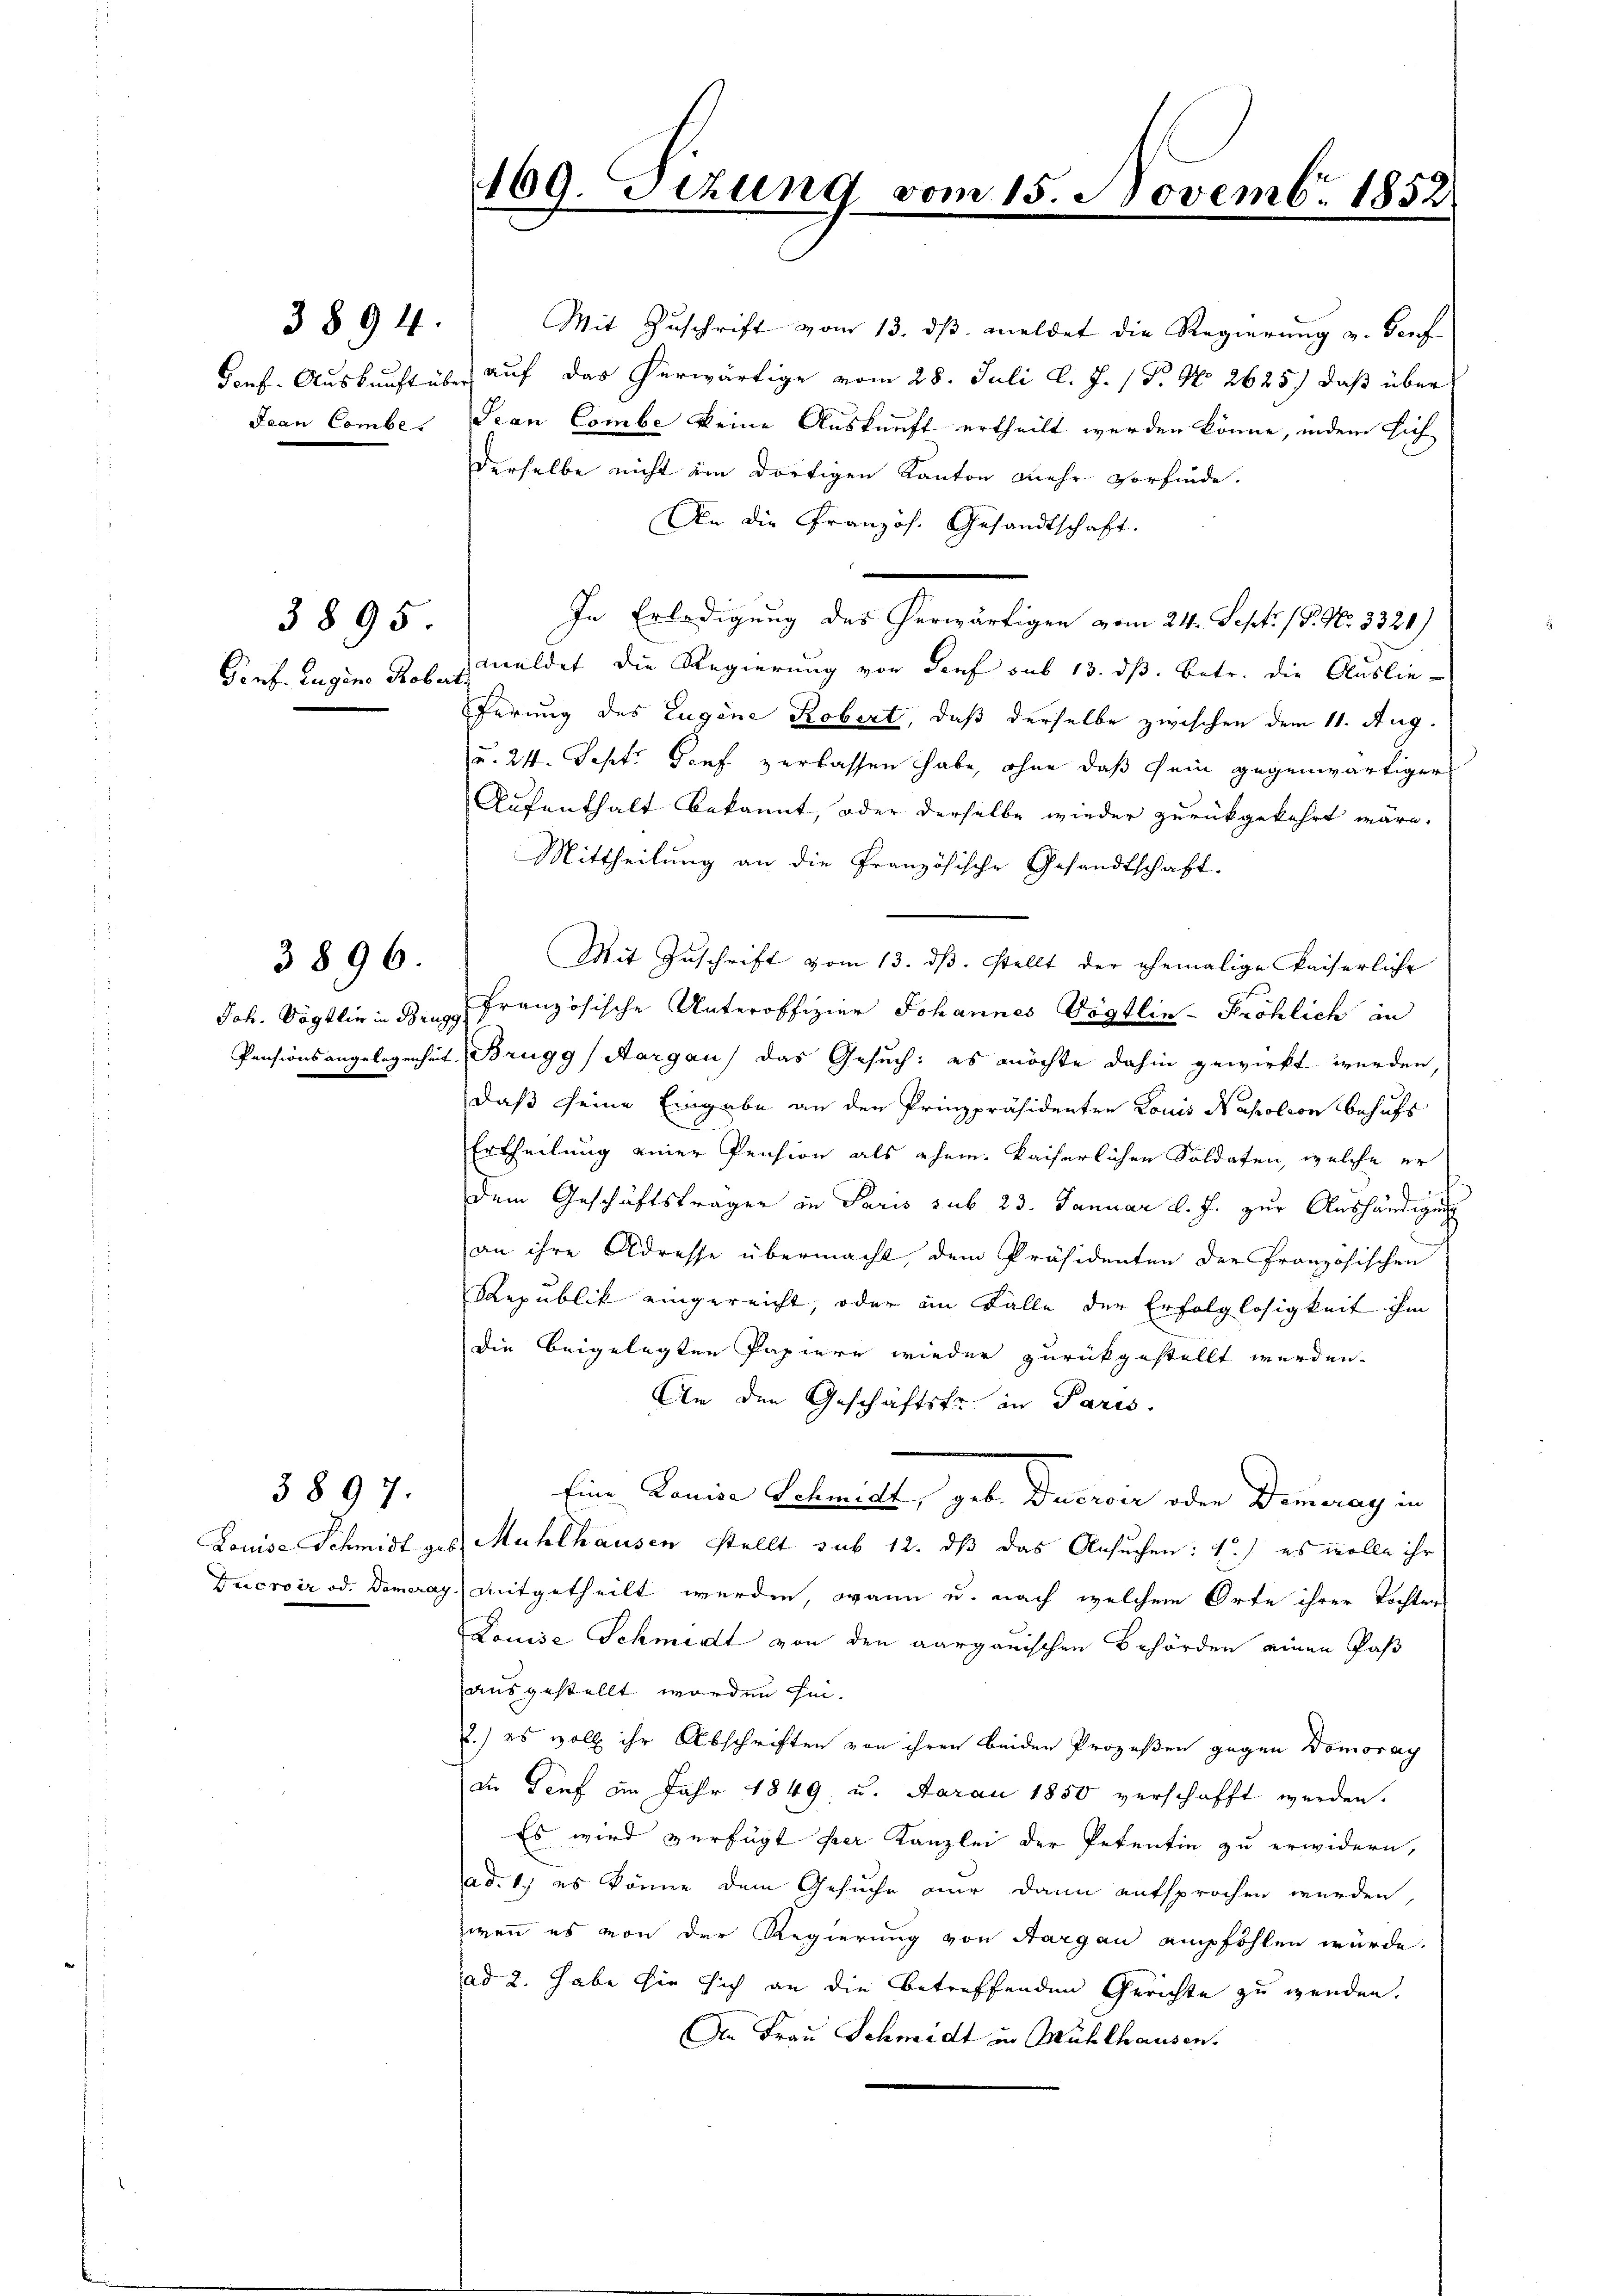
3894.
Jean Combe

Genf. Zugine Robertr

3895.

3896.

Louise Schmidt ge
Facroir od. Damera

3897.

109. Sizung vom 15. Novemb. 1852

Mit Zuschrift vom 13. ds. meldet die Regierung u. Dorf
Gonf. Auskunft über auf das herwärtige vom 28. Juli l. J. (T. No 2625) daß über
Sean Combe keine Auskunft ertheilt werden könne, indem sich
derselbe nicht im dortigen Kanton mehr vorfinde.
An die Französ. Gesandtschaft.
In Erledigung des herwärtigen vom 24. Sept. 18. No. 3320)
meldet die Regierung von Genf sub 13. dß. Betr. die Auslieferung des Eugene Robert, daß derselbe zwischen dem 11. Aug.
u. 24. Sept. Genf verlassen habe, ohne daß sein gegenwärtiger
Aufenthalt bekannt, oder derselbe wieder zurückgekehrt wäre.
Mittheilung an die Französische Gesandtschaft.
Mit Zuschrift vom 13. dβ. stellt der ehemalige Kaiserliche
Joh. Vögtlin in 3 Französische Unteroffizier Johannes Vögtlin -Pröhlich in
Pensionsangelegenheit, Brugg (Aargau) das Gesuch: es möchte dahin gewirkt werden,
daß seine Eingabe an den Prinzpräsidenten Louis Napoleon behufs
d
Ertheilung einer Pension als ehem. kaiserlichen Soldaten, welche er
Dem Geschäftsträger in Paris sub 23. Januar d. J. zur Aushändigung
an ihre Adresse übermacht, dem Präsidenten der französischen
Republik eingereicht, oder im Falle der Erfolglosigkeit ihm
Die beigelegten Papiere wieder zurückgestellt werden.
An den Geschäftsfr. in Paris,
Eine Louise Schwicht, geb. Ducroir oder Demmeray in
 Mühlhausen stellt sub 12. dß das Ansuchen: 1.) es wolle ihr
g. mitgetheilt werden, wann u. nach welchem Orte ihrer Tochter
Louise Schmidt von den aargauischen Behörden einen Pas
ausgestellt worden sei.
2.) es voll ihr Abschriften von ihren beiden Prozeßen gegen Domoray
di Senf im Jahr 1849 u. Aarau 1850 verschafft werden.
Es wird verfügt der Kanzlei der Petentin zu erwidern,
ad. 1.) es könne dem Gesuche nur dann entsprochen wurden,
wenn es von der Regierung von Aargau empfohlen würde.
ad 2. habe sie sich an die betreffenden Gerichte zu wenden.
An Frau Schmidt in Mühlhausen.